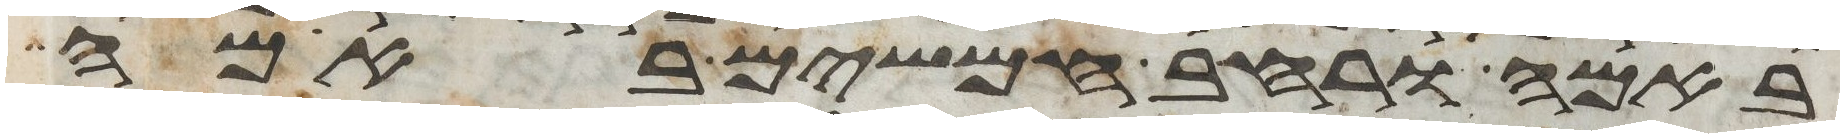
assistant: באמה ורחב חמשים באמה